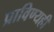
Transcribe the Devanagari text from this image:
प्राविण्यही